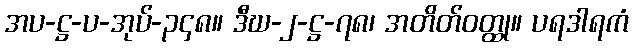
အပ-ဋ္ဌ-ပ-အုပ်-၃၄၈။ ဒီဃ-၂-ဋ္ဌ-၇၈၊ အတိတ်ဝတ္ထု။ ပရဒါရကံ